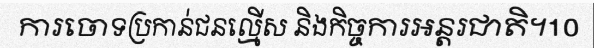
ការចោទប្រកាន់ជនល្មើស និងកិច្ចការអន្តរជាតិ។10